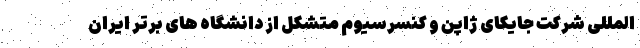
المللی شرکت جایکای ژاپن و کنسرسیوم متشکل از دانشگاه های برتر ایران